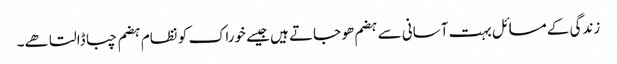
زندگی کے مسائل بہت آسانی سے ہضم ھو جاتے ہیں جیسے خوراک کو نظام ہضم چبا ڈالتا ھے۔